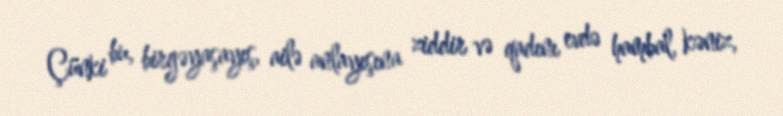
Çünki bu, birgəyaşayış, ailə anlayışına ziddir və qadını evdə hambal, kəniz,